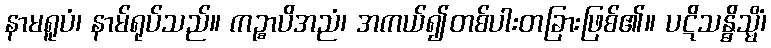
နာမရူပံ၊ နာမ်ရုပ်သည်။ ကဉ္စာပိအညံ၊ အကယ်၍တစ်ပါးတခြားဖြစ်၏။ ပဋိသန္ဓိသ္မိံ၊